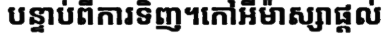
បន្ទាប់ពីការទិញ។កៅអីម៉ាស្សាផ្តល់